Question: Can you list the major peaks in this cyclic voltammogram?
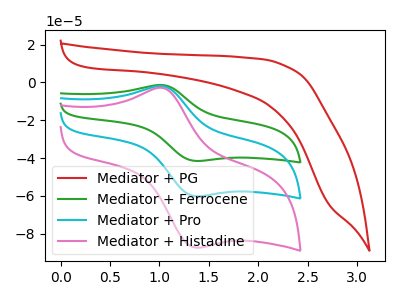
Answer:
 <answer>The red curve "Mediator + PG" has no peaks. The green curve "Mediator + Ferrocene" has an anodic peak at (1.05V, -4.05uA) and a cathodic peak at (1.40V, -120.35uA). The cyan curve "Mediator + Pro" has an anodic peak at (1.05V, -2.05uA) and a cathodic peak at (1.40V, -60.20uA). The pink curve "Mediator + Histadine" has an anodic peak at (1.05V, -2.95uA) and a cathodic peak at (1.40V, -87.30uA).</answer>
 <eval></eval>